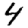
Digit: 4